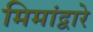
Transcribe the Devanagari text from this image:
मिमांद्वारे